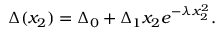
\Delta ( x _ { 2 } ) = \Delta _ { 0 } + \Delta _ { 1 } x _ { 2 } e ^ { - \lambda x _ { 2 } ^ { 2 } } .